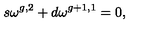
s \omega ^ { g , 2 } + d \omega ^ { g + 1 , 1 } = 0 ,